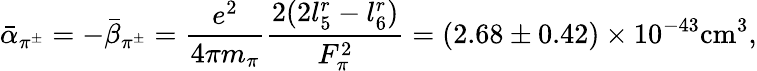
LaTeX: \bar{\alpha}_{\pi^{\pm}}=-\bar{\beta}_{\pi^{\pm}}=\frac{e^{2}}{4\pi{m_{\pi}}}\frac{2(2l_{5}^{r}-l_{6}^{r})}{F_{\pi}^{2}}=(2.68\pm{0.42})\times{10^{-43}}\mathrm{cm}^{3},